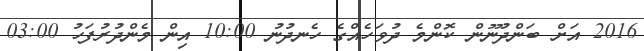
2016 އަށް ބަންދުނޫން ކޮންމެ ދުވަހެއްގެ ހެނދުނު 10:00 އިން މެންދުރުފަހު 03:00